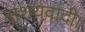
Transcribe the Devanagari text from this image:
संशयवादी।